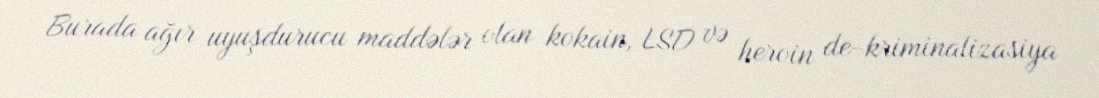
Burada ağır uyuşdurucu maddələr olan kokain, LSD və heroin de-kriminalizasiya